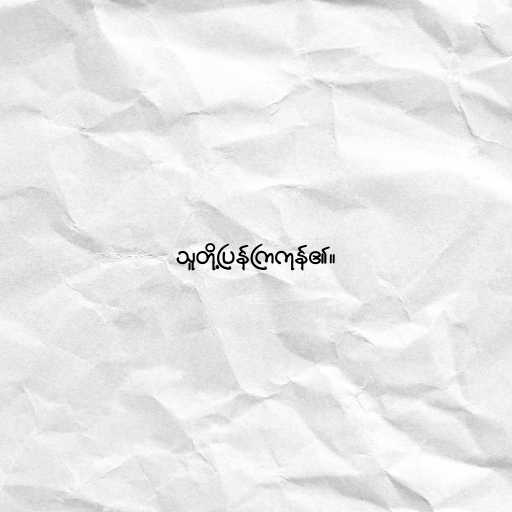
သူတို့ပြန်ကြကုန်၏။